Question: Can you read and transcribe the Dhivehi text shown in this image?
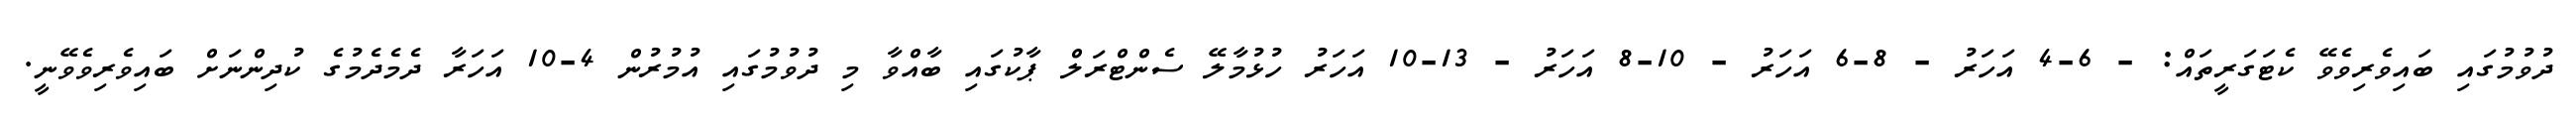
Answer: ދުވުމުގައި ބައިވެރިވެވޭ ކެޓަގަރީތައް: - 6-4 އަހަރު - 8-6 އަހަރު - 10-8 އަހަރު - 13-10 އަހަރު ހުޅުމާލޭ ސެންޓްރަލް ޕާކުގައި ބާއްވާ މި ދުވުމުގައި އުމުރުން 4-10 އަހަރާ ދެމެދެމުގެ ކުދިންނަށް ބައިވެރިވެވޭނީ.